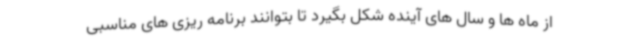
از ماه ها و سال های آینده شکل بگیرد تا بتوانند برنامه ریزی های مناسبی